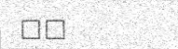
٣٨